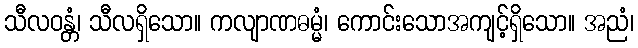
သီလဝန္တံ၊ သီလရှိသော။ ကလျာဏဓမ္မံ၊ ကောင်းသောအကျင့်ရှိသော။ အညံ၊